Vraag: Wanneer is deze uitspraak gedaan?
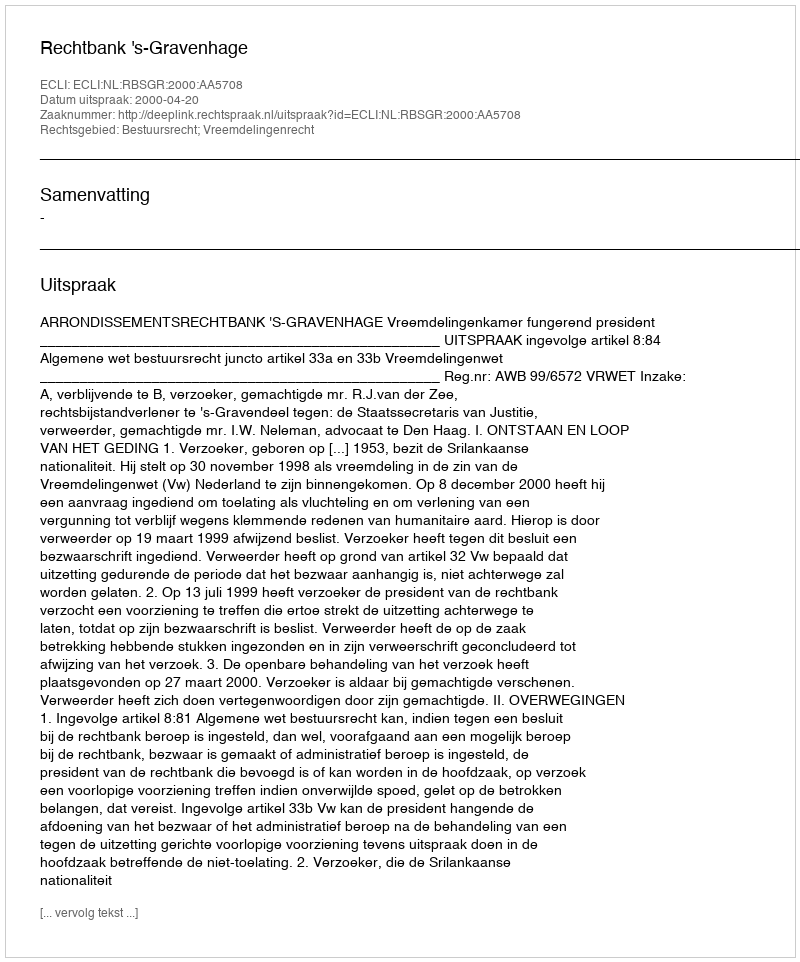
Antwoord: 2000-04-20